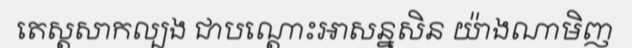
តេស្តសាកល្បង ជាបណ្តោះអាសន្នសិន យ៉ាងណាមិញ